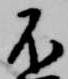
不